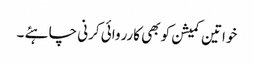
خواتین کمیشن کو بھی کارروائی کرنی چاہئے ۔